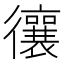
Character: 忀